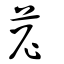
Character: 苨